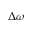
\Delta \omega